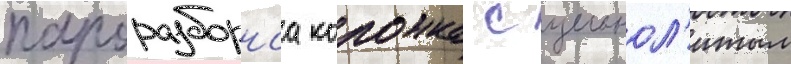
пароразборнаа колонка с цельнол'итым